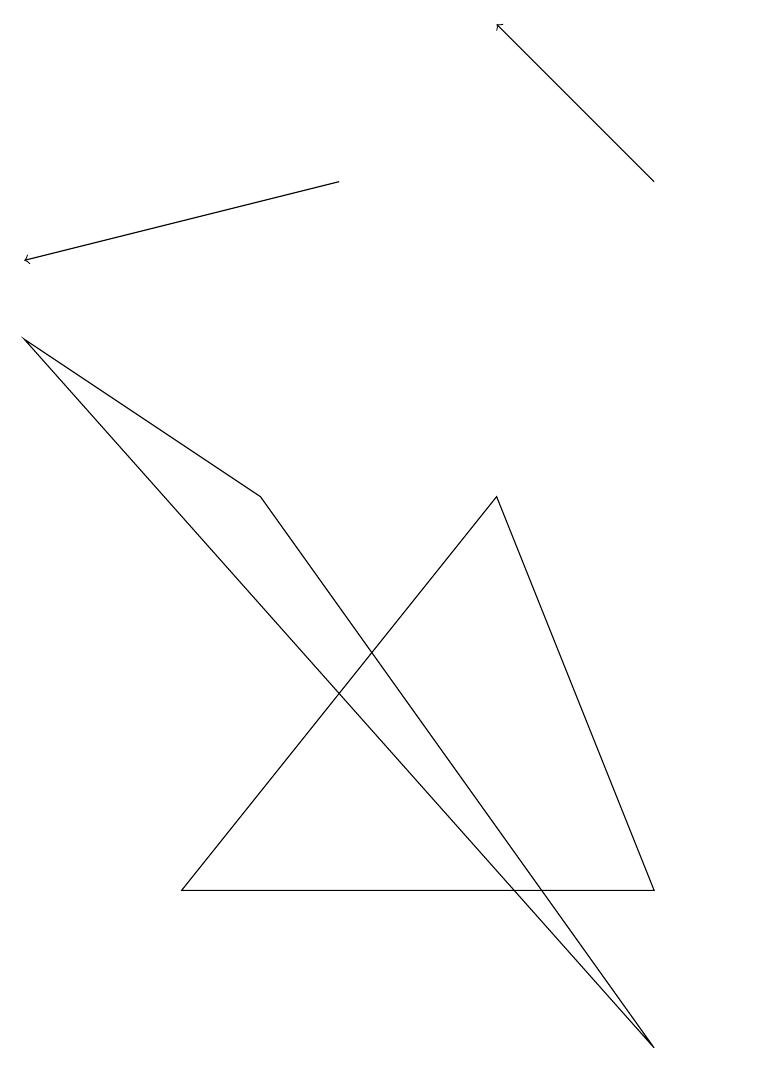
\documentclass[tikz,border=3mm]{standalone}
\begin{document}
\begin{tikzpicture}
\draw (1,9) -- (4,7) -- (9,0) -- cycle;
\draw (7,7) -- (3,2) -- (9,2) -- cycle;
\draw[->] (9,11) -- (7,13);
\draw[->] (5,11) -- (1,10);
\draw (10,12) circle (0);
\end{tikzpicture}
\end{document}